Indian Medical Review
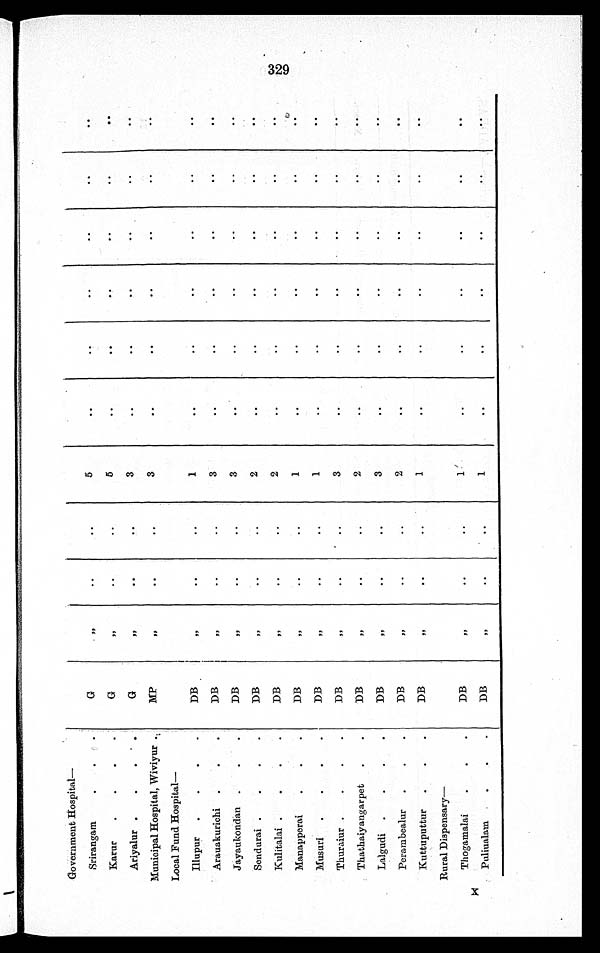
Government Hospital
—
Srirangam.
G
,,
..
..
5
..
..
..
..
..
..
Karur
G
,,
..
..
5
..
. .
..
..
..
. .
Ariyalur
G
, ,
. .
. .
3
..
..
..
..
..
..
Municipal Hospital, Wiviyur
MP
, ,
. .
. .
3
. .
. .
. .
. .
. .
. .
Local Fund Hospital—
I l l l u p u r
DB
, ,
. .
. .
1
. .
. .
. .
. .
. .
. .
Arauakurichi
DB
,,
. .
. .
3
..
..
..
..
..
. .
Jayaukondan
DB
, ,
. .
..
3
..
..
..
..
..
. .
Sendurai
DB
, ,
. .
. .
2
..
..
..
..
..
. .
Kulitalai
DB
, ,
. .
. .
2
..
..
. .
. .
. .
. .
Manapperai
•
DB
, ,
. .
. .
1
. .
. .
. .
. .
. .
. .
Musuri
DB
, ,
. .
. .
1
..
..
..
..
..
. .
Thuraiur
DB
, ,
. .
. .
3
..
..
..
..
. .
..
Thathaiyangarpet
DB
, ,
. .
..
2
..
..
..
. .
. .
. .
Lalgudi
DB
, ,
. .
. .
3
. .
. .
. .
. .
. .
. .
Perambealur
DB
, ,
. .
..
2
..
..
..
. .
..
..
Kuttuputtur
DB
, ,
. .
. .
1
..
. .
. .
. .
. .
. .
Rural Dispensary—
Thogamalai
DB
, ,
..
. .
1
..
. .
..
. .
. .
. .
X Pulivalam
DB
, ,
. .
. .
1
..
..
. .
. .
..
..